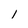
Character: l